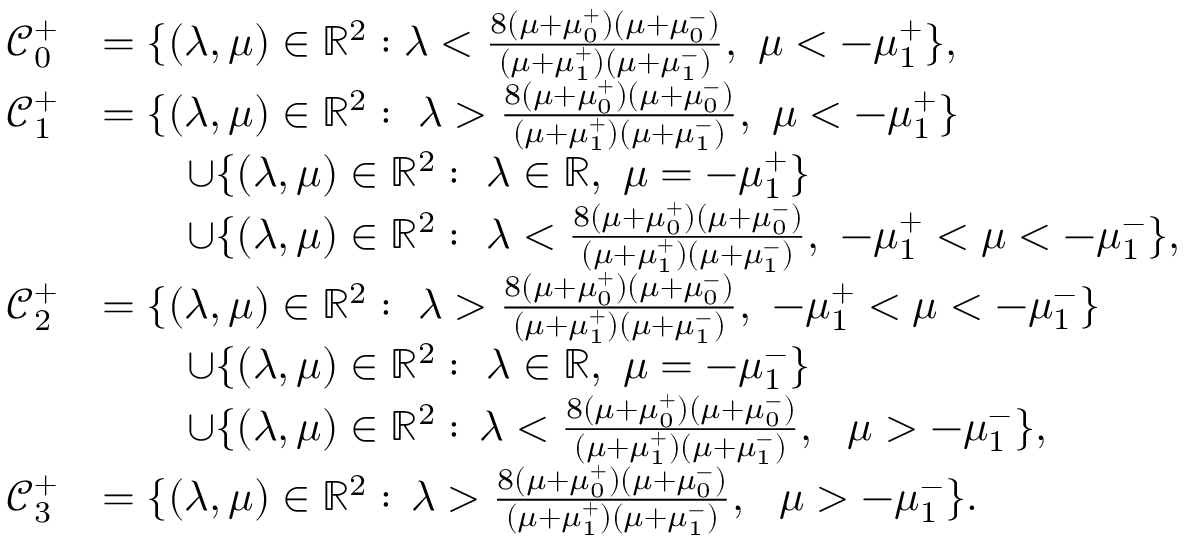
\begin{array} { r l } { { \mathcal C } _ { 0 } ^ { + } } & { = \{ ( \lambda , \mu ) \in \mathbb { R } ^ { 2 } : \lambda < \frac { 8 ( \mu + \mu _ { 0 } ^ { + } ) ( \mu + \mu _ { 0 } ^ { - } ) } { ( \mu + \mu _ { 1 } ^ { + } ) ( \mu + \mu _ { 1 } ^ { - } ) } , \, \, \mu < - \mu _ { 1 } ^ { + } \} , } \\ { { \mathcal C } _ { 1 } ^ { + } } & { = \{ ( \lambda , \mu ) \in \mathbb { R } ^ { 2 } : \, \, \lambda > \frac { 8 ( \mu + \mu _ { 0 } ^ { + } ) ( \mu + \mu _ { 0 } ^ { - } ) } { ( \mu + \mu _ { 1 } ^ { + } ) ( \mu + \mu _ { 1 } ^ { - } ) } , \, \, \mu < - \mu _ { 1 } ^ { + } \} } \\ & { \quad \quad \cup \{ ( \lambda , \mu ) \in \mathbb { R } ^ { 2 } : \, \, \lambda \in \mathbb { R } , \, \, \mu = - \mu _ { 1 } ^ { + } \} } \\ & { \quad \quad \cup \{ ( \lambda , \mu ) \in \mathbb { R } ^ { 2 } : \, \, \lambda < \frac { 8 ( \mu + \mu _ { 0 } ^ { + } ) ( \mu + \mu _ { 0 } ^ { - } ) } { ( \mu + \mu _ { 1 } ^ { + } ) ( \mu + \mu _ { 1 } ^ { - } ) } , \, \, - \mu _ { 1 } ^ { + } < \mu < - \mu _ { 1 } ^ { - } \} , } \\ { { \mathcal C } _ { 2 } ^ { + } } & { = \{ ( \lambda , \mu ) \in \mathbb { R } ^ { 2 } : \, \, \lambda > \frac { 8 ( \mu + \mu _ { 0 } ^ { + } ) ( \mu + \mu _ { 0 } ^ { - } ) } { ( \mu + \mu _ { 1 } ^ { + } ) ( \mu + \mu _ { 1 } ^ { - } ) } , \, \, - \mu _ { 1 } ^ { + } < \mu < - \mu _ { 1 } ^ { - } \} } \\ & { \quad \quad \cup \{ ( \lambda , \mu ) \in \mathbb { R } ^ { 2 } : \, \, \lambda \in \mathbb { R } , \, \, \mu = - \mu _ { 1 } ^ { - } \} } \\ & { \quad \quad \cup \{ ( \lambda , \mu ) \in \mathbb { R } ^ { 2 } : \, \lambda < \frac { 8 ( \mu + \mu _ { 0 } ^ { + } ) ( \mu + \mu _ { 0 } ^ { - } ) } { ( \mu + \mu _ { 1 } ^ { + } ) ( \mu + \mu _ { 1 } ^ { - } ) } , \, \, \, \, \mu > - \mu _ { 1 } ^ { - } \} , } \\ { { \mathcal C } _ { 3 } ^ { + } } & { = \{ ( \lambda , \mu ) \in \mathbb { R } ^ { 2 } : \, \lambda > \frac { 8 ( \mu + \mu _ { 0 } ^ { + } ) ( \mu + \mu _ { 0 } ^ { - } ) } { ( \mu + \mu _ { 1 } ^ { + } ) ( \mu + \mu _ { 1 } ^ { - } ) } , \, \, \, \, \mu > - \mu _ { 1 } ^ { - } \} . } \end{array}